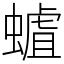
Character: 𧐅